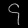
Digit: ၄